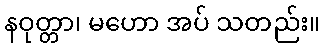
နဝုတ္တာ၊ မဟော အပ် သတည်း။